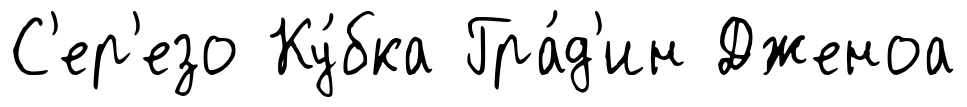
С'ер'езо Ку́бка Гра́д'ин Дженоа